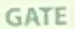
GATE